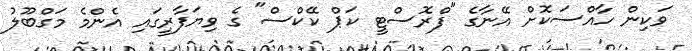
ވަކިން ހާއްސަކޮށް އޭނާގެ "ފްރޮސްޓީ ކަޕް ކޭކްސް" ގެ ވިޔަފާރީގައި އެންމެ މަގްބޫލު